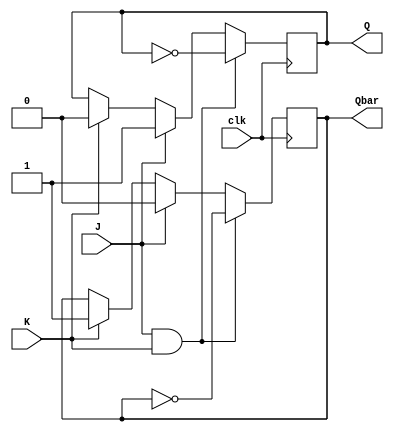
module jk_latch(
    input wire clk,
    input wire J,
    input wire K,
    output reg Q,
    output reg Qbar
);

reg Q_temp, Qbar_temp;

always @(posedge clk) begin
    if (J & K) begin
        Q_temp <= ~Q;
        Qbar_temp <= ~Qbar;
    end else if (J) begin
        Q_temp <= 1'b1;
        Qbar_temp <= 1'b0;
    end else if (K) begin
        Q_temp <= 1'b0;
        Qbar_temp <= 1'b1;
    end else begin
        Q_temp <= Q;
        Qbar_temp <= Qbar;
    end
end

assign Q = Q_temp;
assign Qbar = Qbar_temp;

endmodule